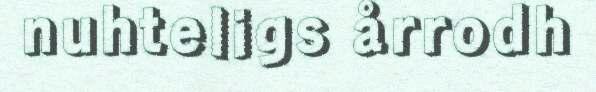
nuhteligs årrodh